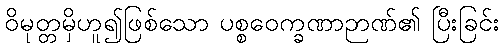
ဝိမုတ္တမှိဟူ၍ဖြစ်သော ပစ္စဝေက္ခဏာဉာဏ်၏ ပြီးခြင်း